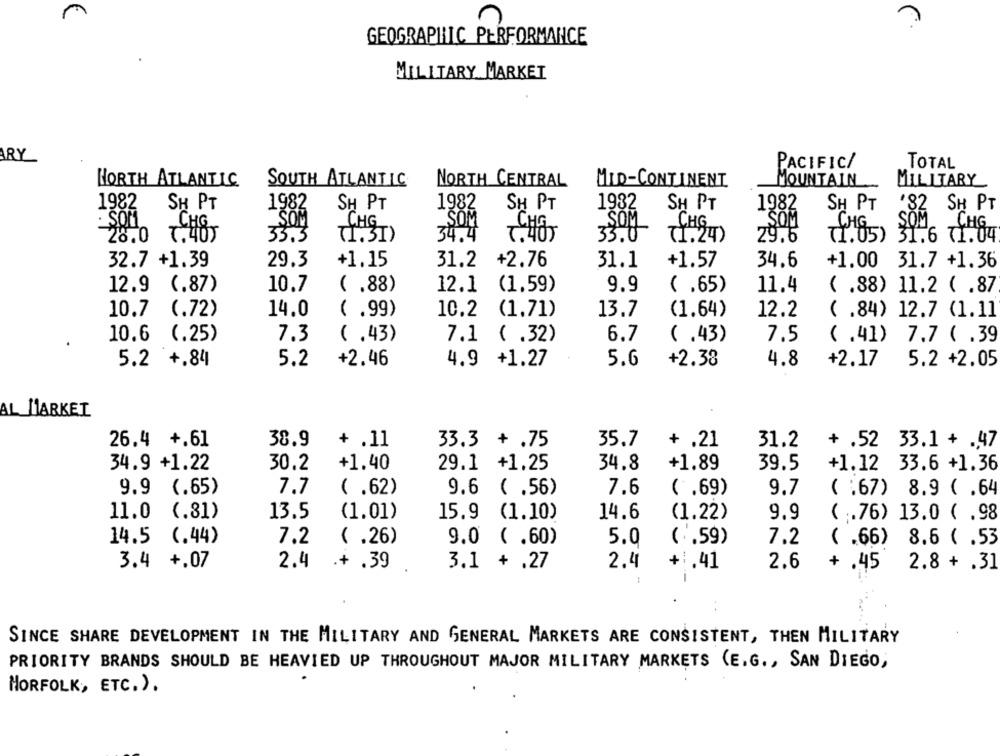
m
GEOGRAPHIC PERFORMANCE
MILITARY MARKET
ARY
PACIFIC/
TOTAL
MOUNTAIN
NORTH ATLANTIC
SOUTH ATLANTIC
NORTH CENTRAL
MID-CONTINENT
MILITARY
'82
SH PT
1982
SH PT
1982
SH PT
1982
SH PT
1982
SH PT
SH PT
1982
SOM
„SOM
SOM
33.0
HG
28.0 1.40)
33.3
71.30)
34.4
29.6
(1.05) 31.6 71.04
32.7 +1.39
29.3
+1.15
31.2
+2.76
31.1
+1.57
34.6
+1.00 31.7 +1.36
12.9 (.87)
(.88)
12.1
(1.59)
9.9
11.4
10.7
( .65)
( .88) 11.2 ( .87
10.7 (.72)
14.0
( .99)
10.2
(1.71)
13.7
(1.64)
12.2
( .84) 12.7 (1.11
10.6 (.25)
7.3
( .43)
7.1 ( .32)
6.7
(.43)
7.5
( .41)
7.7 ( .39
5.2 +.84
5.2
+2.46
4.9 +1.27
5.6
+2.38
4.8
+2.17
5.2 +2.05
AL MARKET
26.4 +.61
38.9
+ .11
33.3 + .75
35.7
+ .21
31.2
+ .52 33.1 + .47
34.9 +1.22
30.2
+1.40
29.1 +1.25
34.8
+1.89
39.5
+1.12 33.6 +1.36
9.9 (.65)
7.7
( .62)
9.6 ( .56)
7.6
(.69)
( :67) 8.9 ( .64
9.7
11.0 (.81)
13.5
(1.01)
15.9 (1.10)
14.6
(1.22)
9.9
( .76) 13.0 ( .98
14.5 (.44)
7.2
( .26)
9.0 ( .60)
5.0
(".59)
7.2
( .66)
8.6 ( .53
3.4 +,07
2.4
.+ .39
3.1 + .27
2.4
+1,41
2.6
+ .45
2.8 + .31
-
SINCE SHARE DEVELOPMENT IN THE MILITARY AND GENERAL MARKETS ARE CONSISTENT, THEN MILITARY
PRIORITY BRANDS SHOULD BE HEAVIED UP THROUGHOUT MAJOR MILITARY MARKETS (E.G ., SAN DIEGO,
HORFOLK, ETC.).